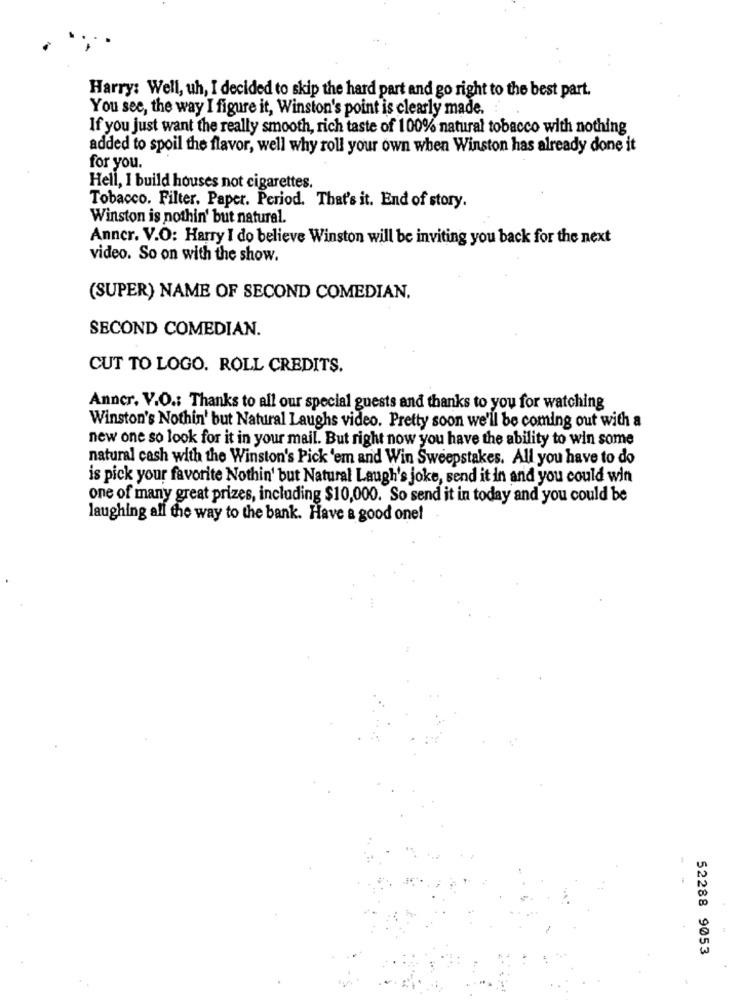
Harry: Well, uh, I decided to skip the hard part and go right to the best part.
You see, the way I figure it, Winston's point is clearly made.
If you just want the really smooth, rich taste of 100% natural tobacco with nothing
added to spoil the flavor, well why roll your own when Winston has already done it
for you.
Hell, 1 build houses not cigarettes.
Tobacco. Filter. Paper. Period. That's it. End of story.
Winston is nothin' but natural.
Anner. V.O: Harry I do believe Winston will be inviting you back for the next
video. So on with the show.
(SUPER) NAME OF SECOND COMEDIAN.
SECOND COMEDIAN.
CUT TO LOGO. ROLL CREDITS.
Anner. V.O .: Thanks to all our special guests and thanks to you for watching
Winston's Nothin' but Natural Laughs video. Pretty soon we'll be coming out with a
new one so look for it in your mail. But right now you have the ability to win some
natural cash with the Winston's Pick 'em and Win Sweepstakes. All you have to do
is pick your favorite Nothin' but Natural Laugh's joke, send it in and you could win
one of many great prizes, including $10,000. So send it in today and you could be
laughing all the way to the bank. Have a good one!
-
52288 9053